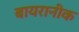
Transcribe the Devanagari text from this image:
बायरानीक